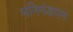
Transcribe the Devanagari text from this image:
मनिमंडपम